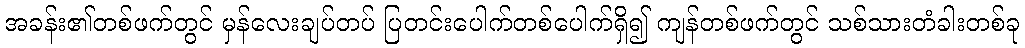
အခန်း၏တစ်ဖက်တွင် မှန်လေးချပ်တပ် ပြတင်းပေါက်တစ်ပေါက်ရှိ၍ ကျန်တစ်ဖက်တွင် သစ်သားတံခါးတစ်ခု